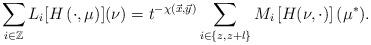
LaTeX: \begin{align*}\sum_{i \in \mathbb{Z}} L_i [H\left(\cdot,\mu \right) ](\nu)=t^{-\chi(\vec{x},\vec{y})}\sum_{i \in \{z,z+l\}}M_i\left[H(\nu,\cdot)\right](\mu^{*}).\end{align*}